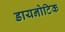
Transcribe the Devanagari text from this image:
डायनोटिक